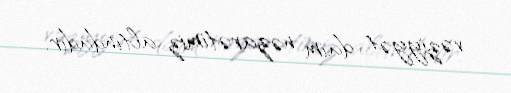
vəziyyət daim nəzarətimiz altındadır.